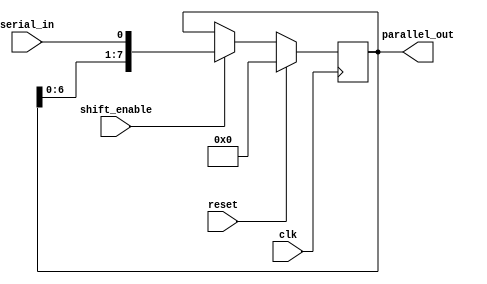
module sipo_register (
    input wire clk,
    input wire reset,
    input wire serial_in,
    input wire shift_enable,
    output reg [7:0] parallel_out // assuming 8-bit register
);

reg [7:0] shift_reg;

always @(posedge clk) begin
    if (reset) begin
        shift_reg <= 8'h00; // initialize the register to all zeros
    end else if (shift_enable) begin
        shift_reg <= {shift_reg[6:0], serial_in}; // shift data into the register
    end
end

assign parallel_out = shift_reg; // parallel output 

endmodule